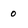
Character: 0